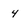
Character: 4